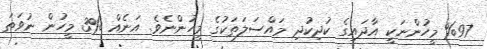
%97 މީހުންނަކީ އާދައިގެ ކުދިކުދި މައްސަލަތަކުގެ މީހުންނެވެ. އަނެއް %3 މީހުން ނުވަތަ